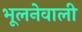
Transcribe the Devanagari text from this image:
भूलनेवाली